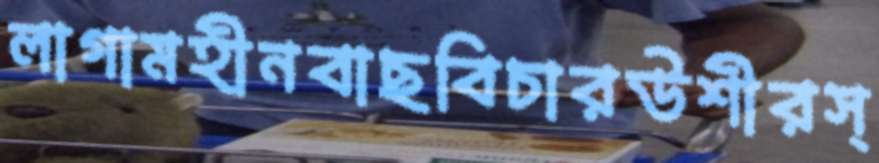
লাগামহীনবাছবিচারউশীরস্